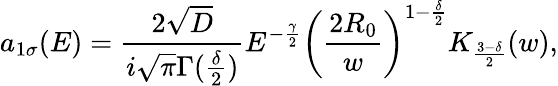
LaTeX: a_{1\sigma}(E)=\frac{2\sqrt{D}}{i\sqrt{\pi}\Gamma(\frac{\delta}{2})}E^{-\frac{\gamma}{2}}\left(\frac{2R_{0}}{w}\right)^{1-\frac{\delta}{2}}K_{\frac{3-\delta}{2}}(w),